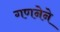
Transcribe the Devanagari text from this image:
गणनेने